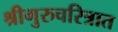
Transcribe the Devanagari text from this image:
श्रीगुरुचरित्रात